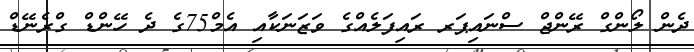
ދެން ލޯންގް ރޭންޖް ސްނައިޕަރ ރައިފަލެއްގެ ވަޒަނަކާއި އެމް75ގެ ދެ ހޭންޑް ގްރެނޭޑް